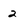
Character: 2